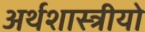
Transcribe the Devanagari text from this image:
अर्थशास्त्रीयो